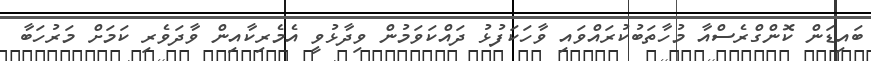
ބައިޑަން ކޮންގްރެސްއާ މުހާތަބުކުރައްވައި ވާހަކަފުޅު ދައްކަވަމުން ވިދާޅުވީ އެމެރިކާއިން ވާދަވެރި ކަމަށް މަރުހަބާ